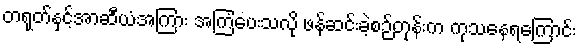
တရုတ်နှင့်အာဆီယံအကြား အကြံပေးသလို ဖန်ဆင်းခဲ့စဉ်တုန်းက ကုသနေရကြောင်း